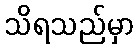
သိရသည်မှာ